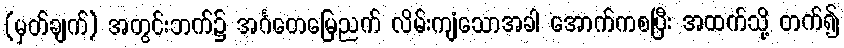
(မှတ်ချက်) အတွင်းဘက်၌ အင်္ဂတေမြေညက် လိမ်းကျံသောအခါ အောက်ကစပြီး အထက်သို့ တက်၍